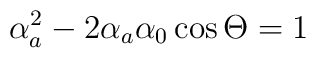
\alpha^{2}_{a}-2\alpha_{a}\alpha_{0}\cos\Theta=1